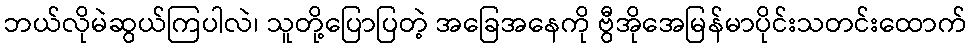
ဘယ်လိုမဲဆွယ်ကြပါလဲ၊ သူတို့ပြောပြတဲ့ အခြေအနေကို ဗွီအိုအေမြန်မာပိုင်းသတင်းထောက်